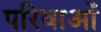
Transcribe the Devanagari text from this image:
परिवाओं